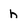
Character: h